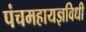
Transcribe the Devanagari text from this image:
पंचमहायज्ञविधी